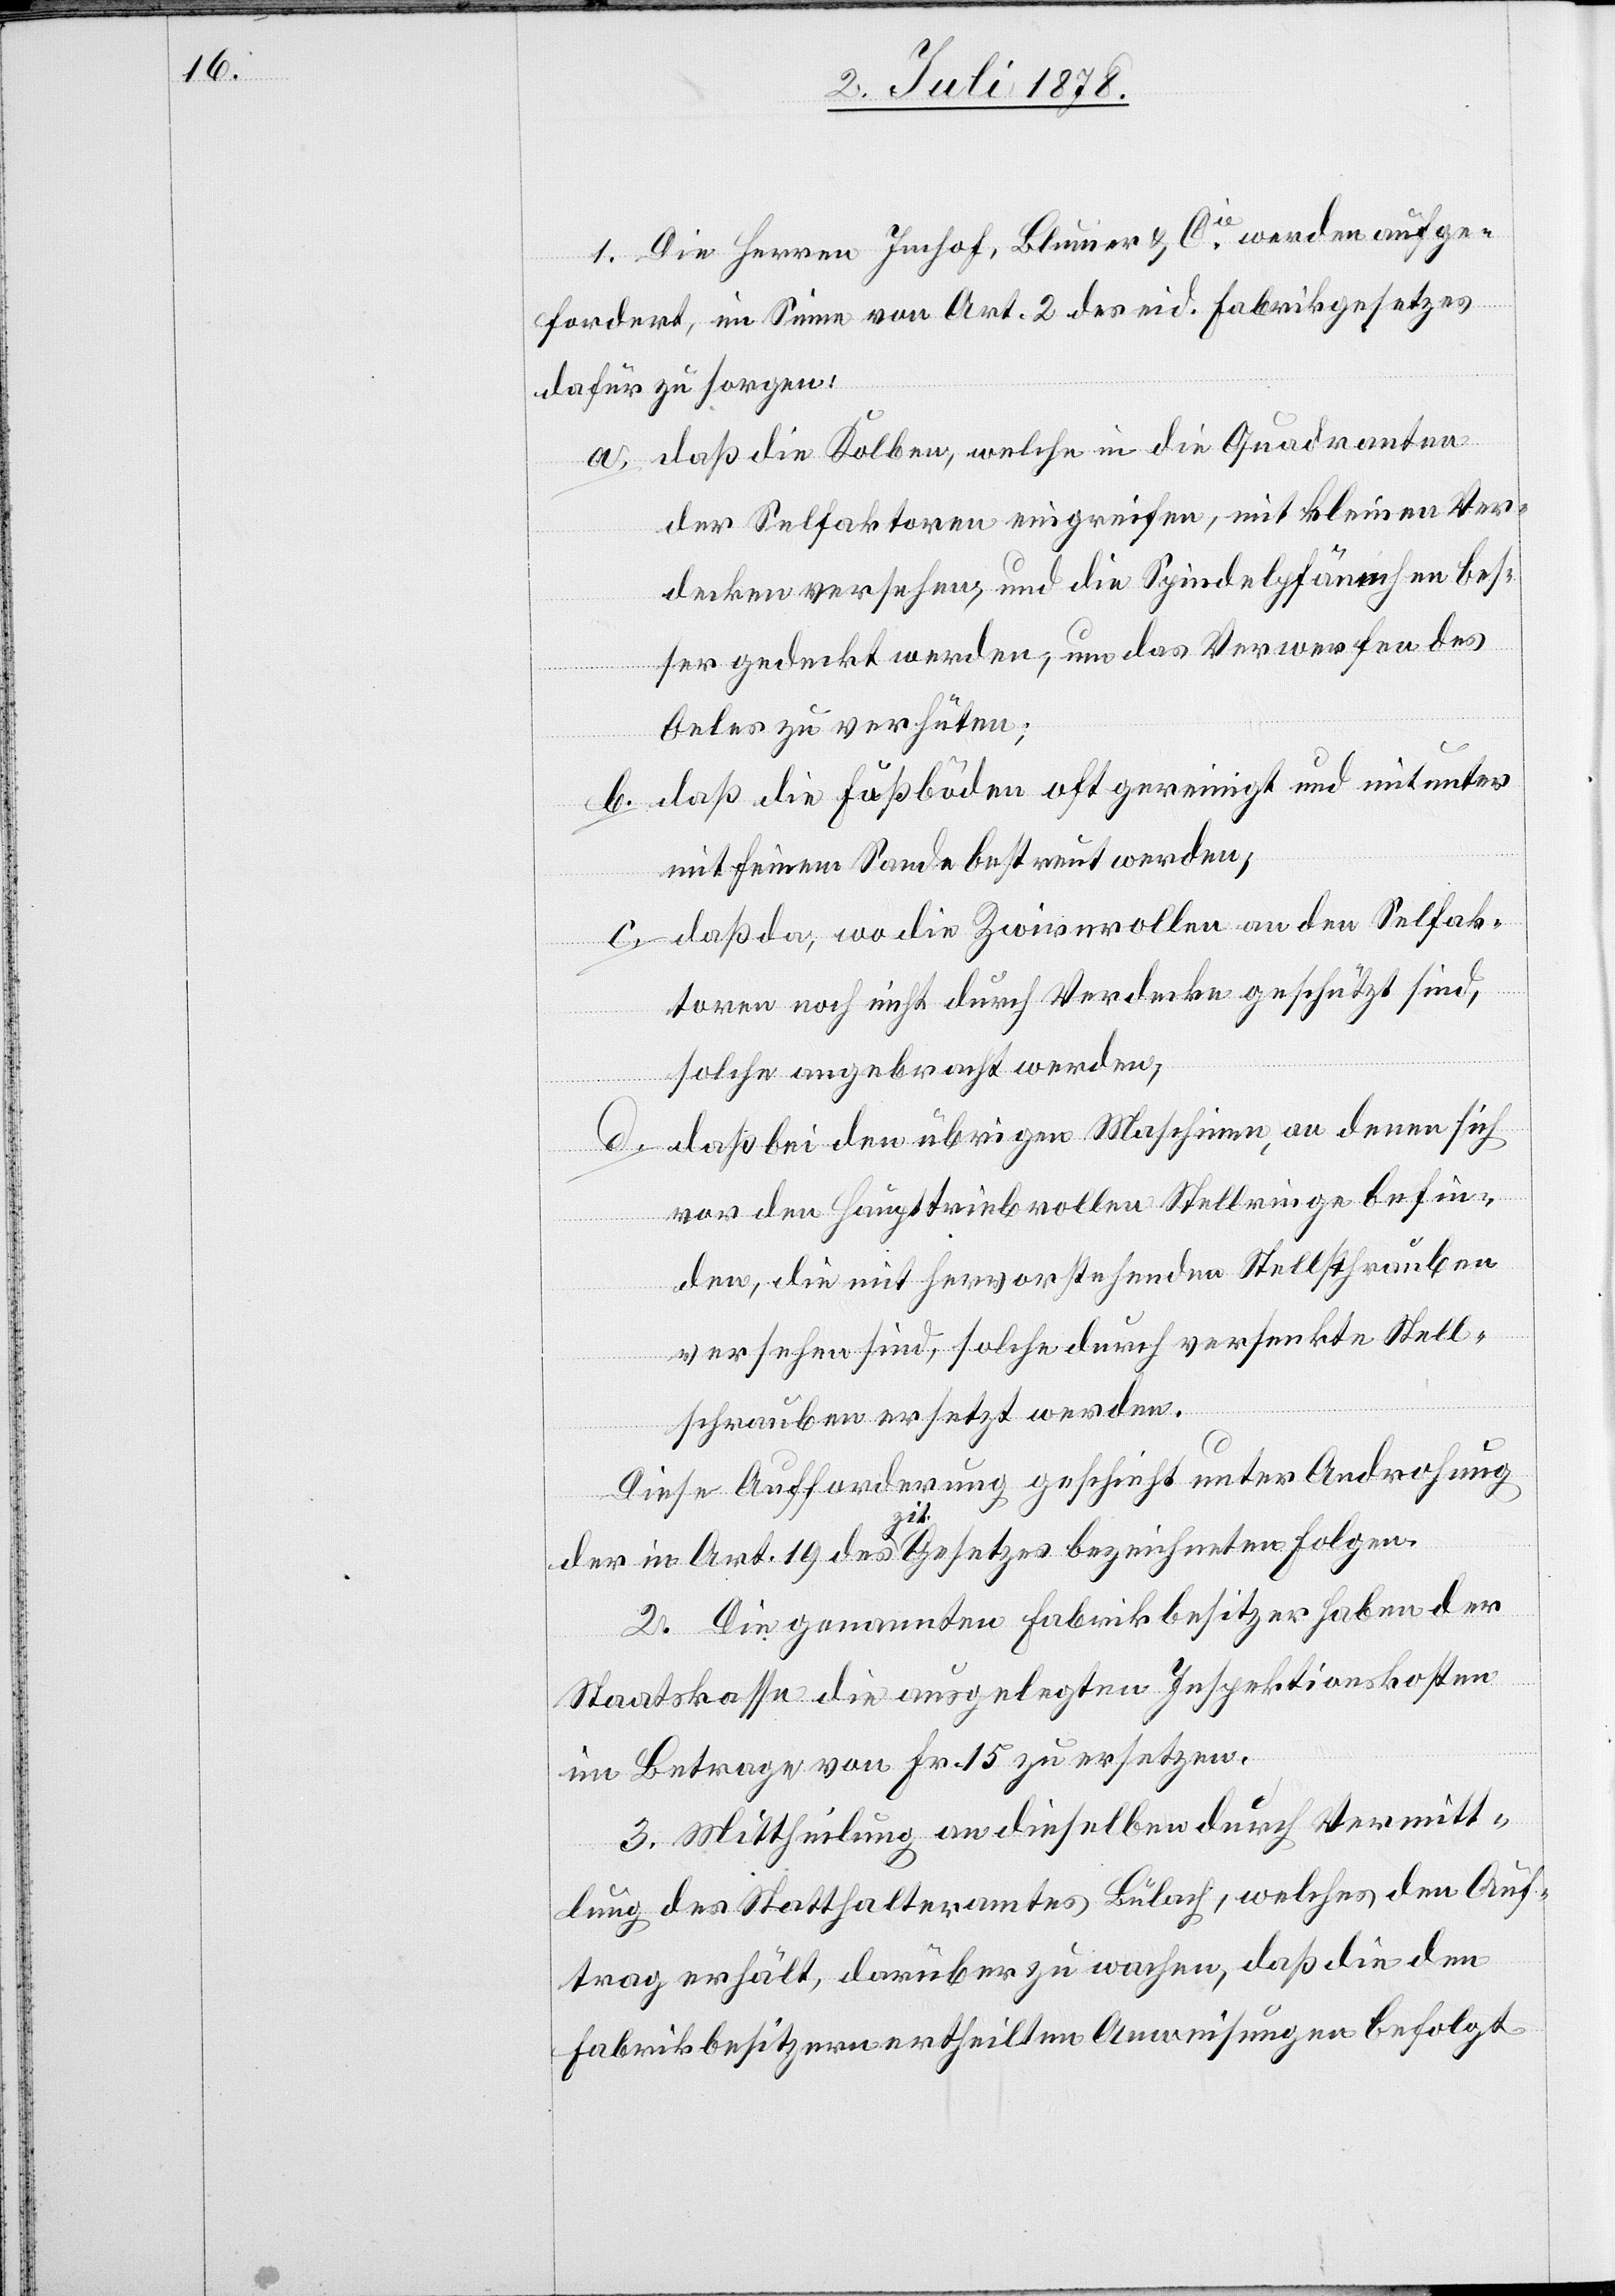
1. Die Herren Imhof, Blumer & Cie werden aufge¬
fordert, im Sinne von Art. 2 des eid. Fabrikgesetzes
dafür zu sorgen:
a. daß die Kolben, welche in die Quadranten
der Selfaktoren eingreifen, mit kleinen Ver¬
decken versehen, und die Spindelpfännchen bes¬
ser gedeckt werden, um das Verwerfen des
Oeles zu verhüten;
b. daß die Fußböden oft gereinigt und mitunter
mit feinem Sande bestreut werden;
c. daß da, wo die Zwirnrollen an den Selfak¬
toren noch nicht durch Verdecke geschützt sind,
solche angebracht werden;
d. daß bei den übrigen Maschinen, an denen sich
vor den Haupttriebrollen Stellringe befin¬
den, die mit hervorstehenden Stellschrauben
versehen sind, solche durch versenkte Stell¬
schrauben ersetzt werden.
Diese Aufforderung geschieht unter Androhung
der in Art. 19 des zit. Gesetzes bezeichneten Folgen.
2. Die genannten Fabrikbesitzer haben der
Staatskasse die ausgelegten Inspektionskosten
im Betrage von Fr. 15 zu ersetzen.
3. Mittheilung an dieselben durch Vermitt¬
lung des Statthalteramtes Bülach, welches den Auf¬
trag erhält, darüber zu wachen, daß die den
Fabrikbesitzern ertheilten Anweisungen befolgt